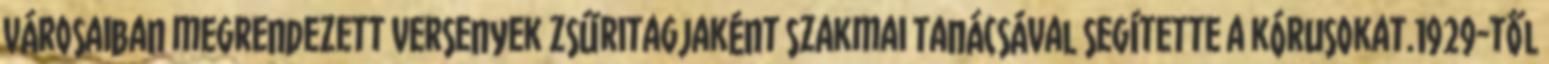
városaiban megrendezett versenyek zsűritagjaként szakmai tanácsával segítette a kórusokat.1929-től